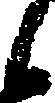
候